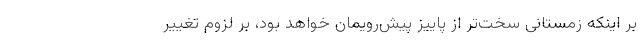
بر اینکه زمستانی سخت‌تر از پاییز پیش‌رویمان خواهد بود، بر لزوم تغییر